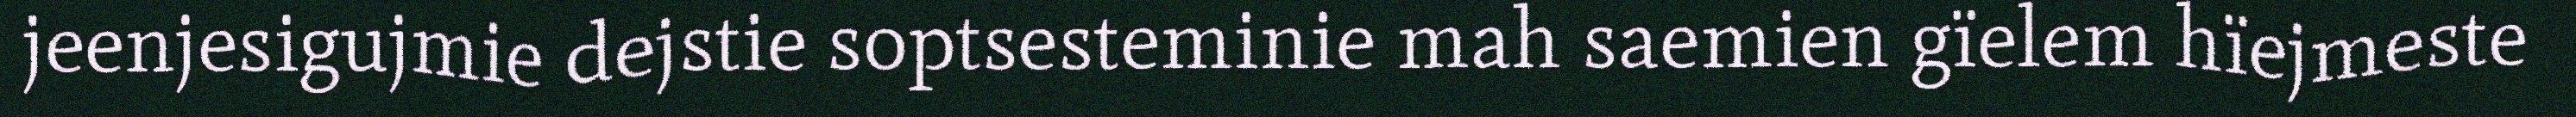
jeenjesigujmie dejstie soptsesteminie mah saemien gïelem hïejmeste